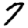
Digit: 7